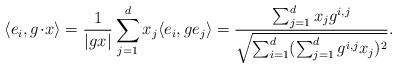
LaTeX: \begin{align*}\langle e_i, g\!\cdot\! x \rangle = \frac{1}{|gx|} \sum_{j=1}^d x_j \langle e_i, g e_j \rangle = \frac{ \sum_{j=1}^d x_j g^{i,j}}{ \sqrt{ \sum_{i=1}^d ( \sum_{j=1}^d g^{i,j} x_j )^2 } }.\end{align*}